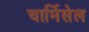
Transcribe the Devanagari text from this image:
चार्मिसेल